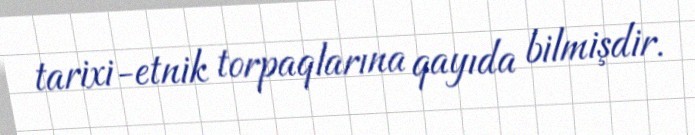
tarixi-etnik torpaqlarına qayıda bilmişdir.